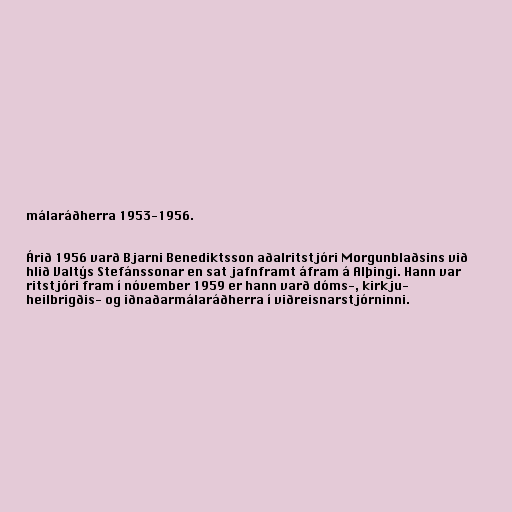
málaráðherra 1953-1956.

Árið 1956 varð Bjarni Benediktsson aðalritstjóri Morgunblaðsins við
hlið Valtýs Stefánssonar en sat jafnframt áfram á Alþingi. Hann var
ritstjóri fram í nóvember 1959 er hann varð dóms-, kirkju-
heilbrigðis- og iðnaðarmálaráðherra í viðreisnarstjórninni.